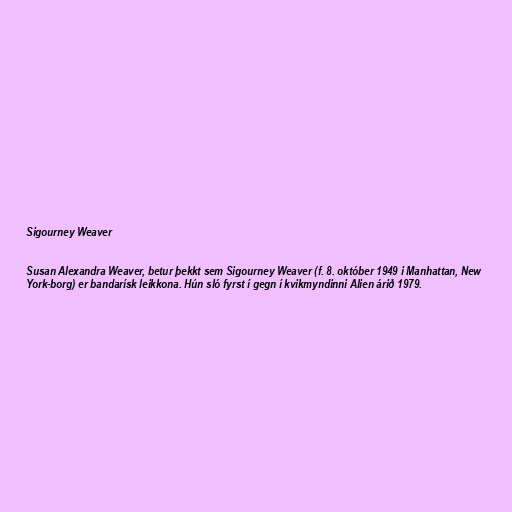
Sigourney Weaver

Susan Alexandra Weaver, betur þekkt sem Sigourney Weaver (f. 8. október 1949 i Manhattan, New
York-borg) er bandarísk leikkona. Hún sló fyrst í gegn í kvikmyndinni Alien árið 1979.